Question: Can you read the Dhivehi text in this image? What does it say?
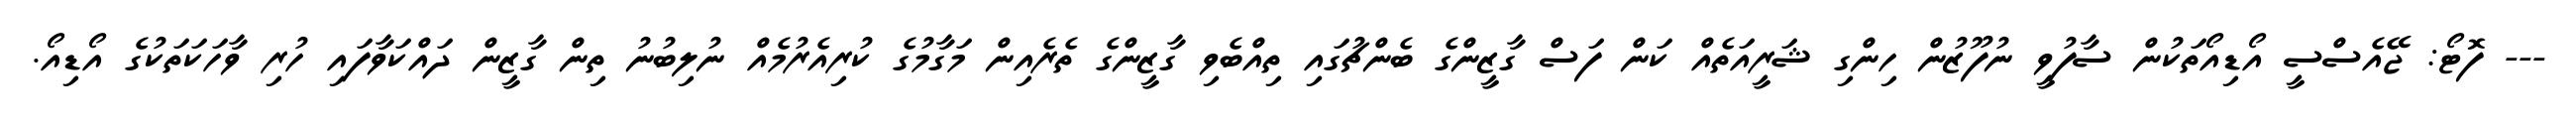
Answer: --- ފޮޓޯ: ޖޭއެސްސީ އޯޑިއޯތަކުން ސާފުވީ ނުފޫޒުން ހިންގި ޝަރީއަތެއް ކަން ފަސް ގާޒީންގެ ބެންޗުގައި ތިއްބެވި ގާޒީންގެ ތެރެއިން މަގާމުގެ ކުރިއެރުމެއް ނުލިބުނު ތިން ގާޒީން ދައްކަވާފައި ހުރި ވާހަކަތަކުގެ އޯޑިއޯ.